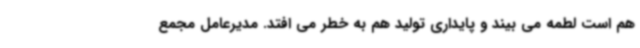
هم است لطمه می بیند و پایداری تولید هم به خطر می افتد. مدیرعامل مجمع